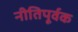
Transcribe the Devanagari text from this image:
नीतिपूर्वक